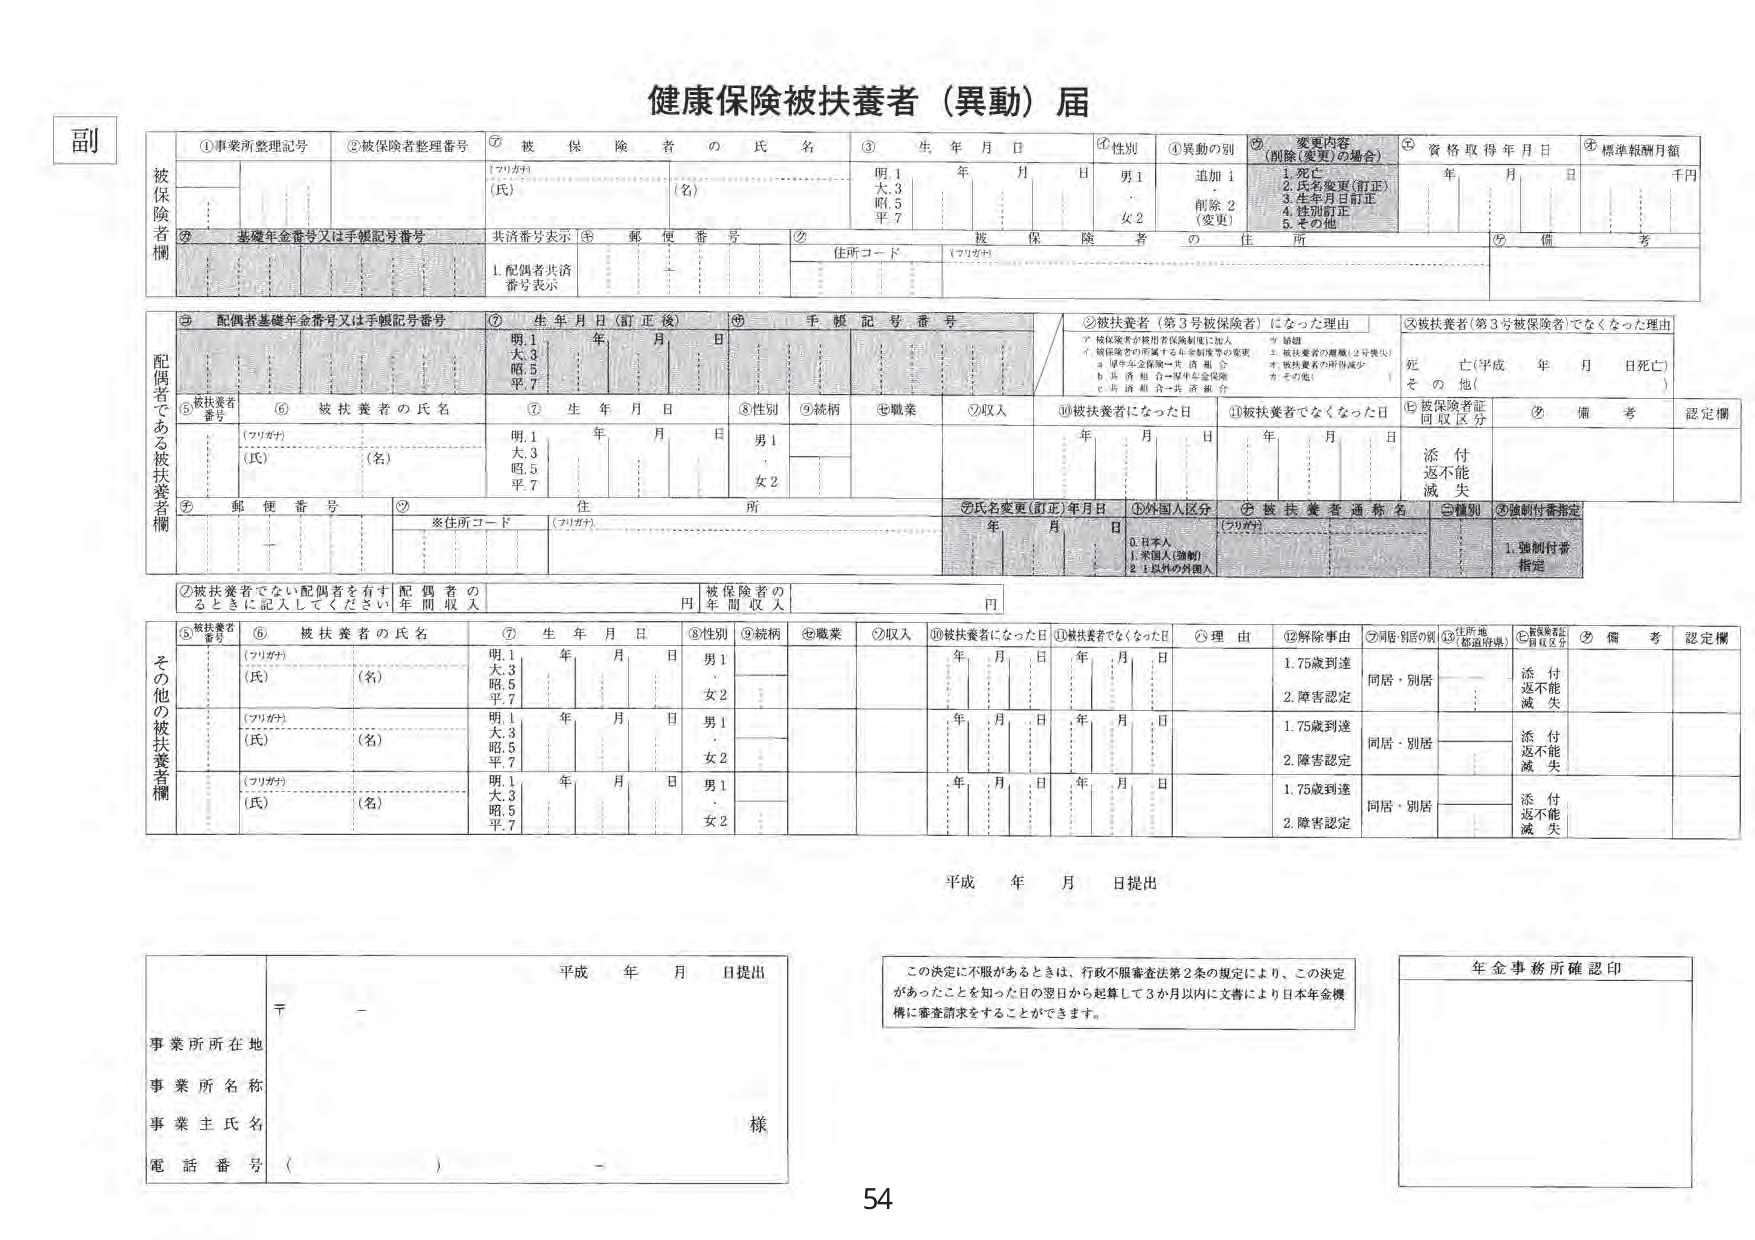
副
健康保険被扶養者（異動）届
①事業所整理記号
②被保険者整理番号
③被保険者の氏名
③生年月日
④性別
④異動の別
⑤変更内容（削除（変更）の場合）
⑥資格取得年月日
⑦標準報酬月額
（フリガナ）
（氏）
（名）
明.1
大.3
昭.5
平.7
年 月 日
男1
女2
追加1
削除2
（変更）
1.死亡
2.氏名変更（訂正）
3.生年月日訂正
4.性別訂正
5.その他
年 月 日
千円
⑧基礎年金番号又は手帳記号番号
共済番号表示
⑨郵便番号
⑩住所コード
（フリガナ）
被保険者の住所
⑪備考
⑫配偶者基礎年金番号又は手帳記号番号
⑬生年月日（訂正後）
⑭手帳記号番号
⑮被扶養者（第3号被保険者）になった理由
⑯被扶養者（第3号被保険者）でなくなった理由
⑤被扶養者番号
⑥被扶養者の氏名
⑦生年月日
⑧性別
⑨続柄
⑩職業
⑪収入
⑫被扶養者になった日
⑬被扶養者でなくなった日
⑭被保険者証同収区分
⑮備考
認定欄
（フリガナ）
（氏）
（名）
明.1
大.3
昭.5
平.7
年 月 日
男1
女2
年 月 日
年 月 日
死亡（平成 年 月 日死亡）
その他（ ）
添付
返不能
滅失
④郵便番号
⑤※住所コード
（フリガナ）
年 月 日
⑥外国人区分
⑦被扶養者通称名
⑧種別
⑨強制付番指定
0.日本人
1.米国人（強制）
2.1以外の外国人
1.強制付番指定
②被扶養者でない配偶者を有するときには記入してください
配偶者の年間収入 円
被保険者の年間収入 円
⑤被扶養者番号
⑥被扶養者の氏名
⑦生年月日
⑧性別
⑨続柄
⑩職業
⑪収入
⑫被扶養者になった日
⑬被扶養者でなくなった日
⑭理由
⑮解除事由
⑯同居別居の別
⑰住所地（都道府県）
⑱被扶養者証有無区分
⑲備考
認定欄
（フリガナ）
（氏）
（名）
明.1
大.3
昭.5
平.7
年 月 日
男1
女2
年 月 日
年 月 日
1.75歳到達
2.障害認定
同居・別居
添付
返不能
滅失
（フリガナ）
（氏）
（名）
明.1
大.3
昭.5
平.7
年 月 日
男1
女2
年 月 日
年 月 日
1.75歳到達
2.障害認定
同居・別居
添付
返不能
滅失
（フリガナ）
（氏）
（名）
明.1
大.3
昭.5
平.7
年 月 日
男1
女2
年 月 日
年 月 日
1.75歳到達
2.障害認定
同居・別居
添付
返不能
滅失
平成 年 月 日提出
平成 年 月 日提出
事業所所在地
事業所名称
事業主氏名
電話番号（ ）
様
この決定に不服があるときは、行政不服審査法第2条の規定により、この決定があったことを知った日の翌日から起算して3か月以内に文書により日本年金機構に審査請求をすることができます。
年金事務所確認印
54